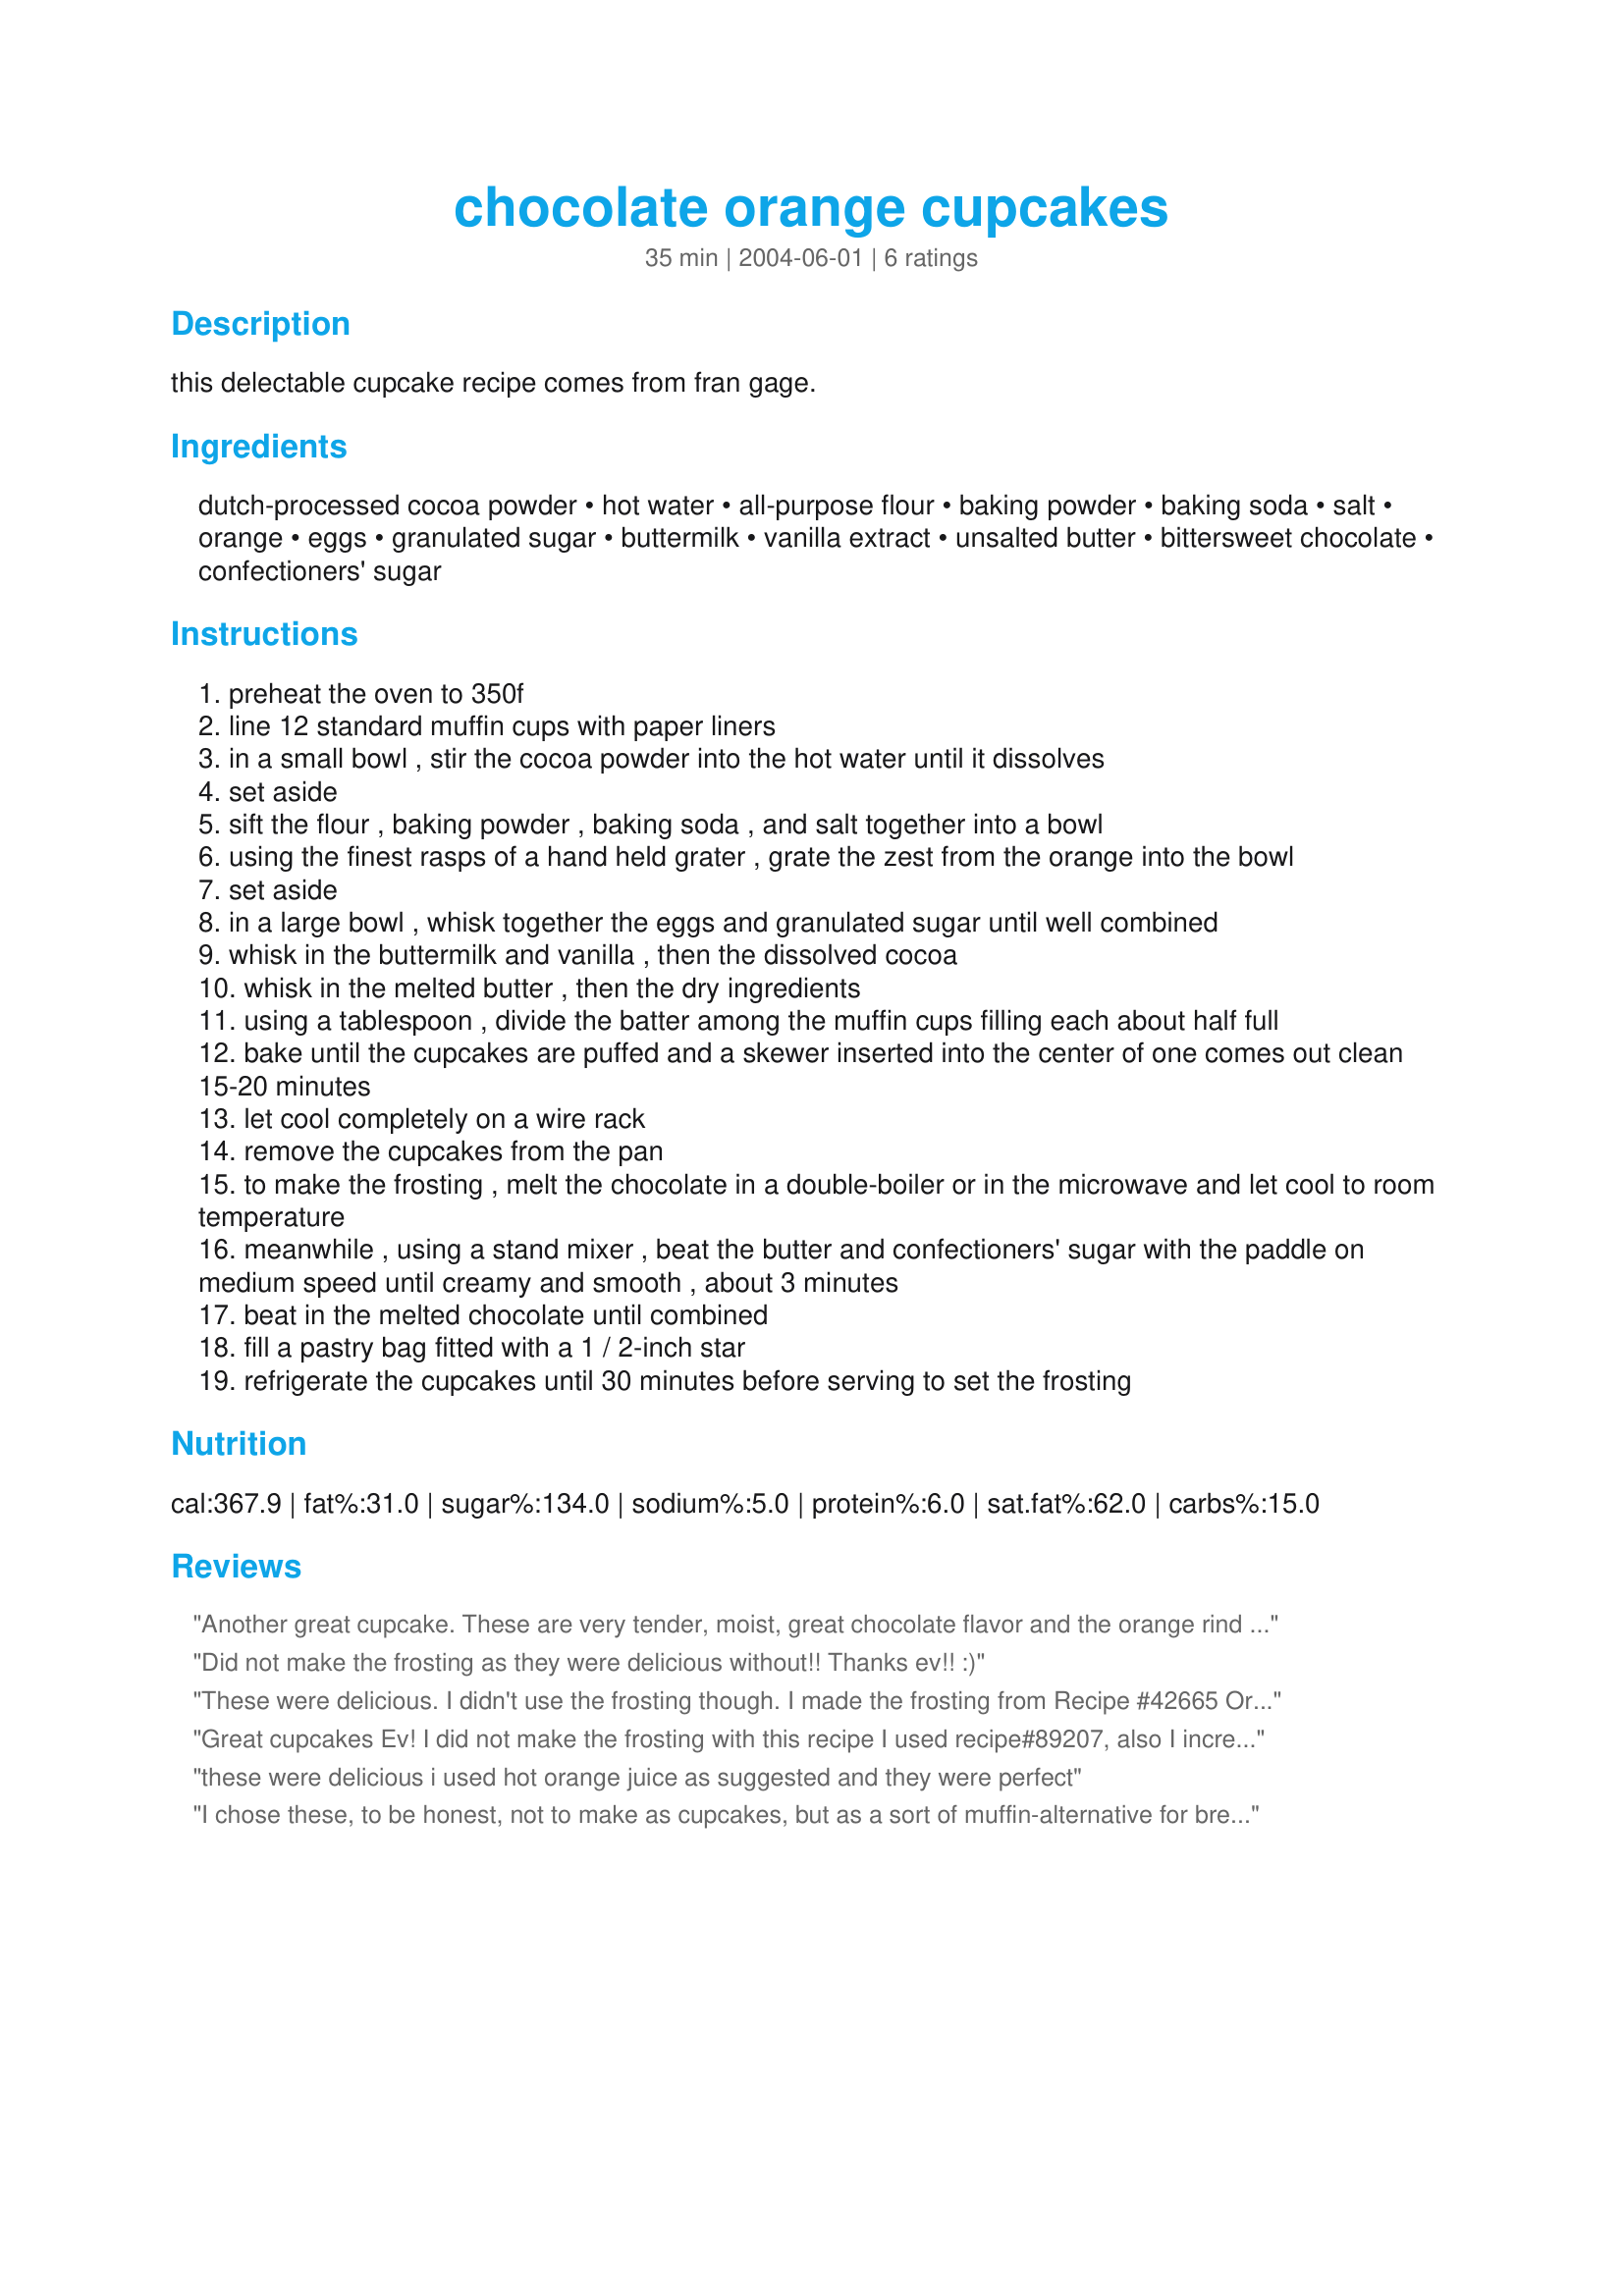
chocolate orange cupcakes
Preparation time: 35 minutes

this delectable cupcake recipe comes from fran gage.

Ingredients:
dutch-processed cocoa powder, hot water, all-purpose flour, baking powder, baking soda, salt, orange, eggs, granulated sugar, buttermilk, vanilla extract, unsalted butter, bittersweet chocolate, confectioners' sugar

Steps:
preheat the oven to 350f
line 12 standard muffin cups with paper liners
in a small bowl , stir the cocoa powder into the hot water until it dissolves
set aside
sift the flour , baking powder , baking soda , and salt together into a bowl
using the finest rasps of a hand held grater , grate the zest from the orange into the bowl
set aside
in a large bowl , whisk together the eggs and granulated sugar until well combined
whisk in the buttermilk and vanilla , then the dissolved cocoa
whisk in the melted butter , then the dry ingredients
using a tablespoon , divide the batter among the muffin cups filling each about half full
bake until the cupcakes are puffed and a skewer inserted into the center of one comes out clean 15-20 minutes
let cool completely on a wire rack
remove the cupcakes from the pan
to make the frosting , melt the chocolate in a double-boiler or in the microwave and let cool to room temperature
meanwhile , using a stand mixer , beat the butter and confectioners' sugar with the paddle on medium speed until creamy and smooth , about 3 minutes
beat in the melted chocolate until combined
fill a pastry bag fitted with a 1 / 2-inch star
refrigerate the cupcakes until 30 minutes before serving to set the frosting

Reviews:
Another great cupcake. These are very tender, moist, great chocolate flavor and the orange rind is just right--lovely scent and a strong but not overpowering orange flavor. And they freezxe beautifully--even frosted.
Did not make the frosting as they were delicious without!! Thanks ev!! :)
These were delicious. I didn't use the frosting though. I made the frosting from Recipe #42665 Orange Chocolate Marble Cake with Orange Buttercream Frosting. I also changed this just a tad. I didn't think there would enough orange flavor with just the zest so in place of the hot water I used orange juice. I didn't change the amount just replaced it.
Great cupcakes Ev! I did not make the frosting with this recipe I used recipe#89207, also I increased the baking powder and baking soda both to 1 teaspoon each, thanks for sharing Ev!...Kitten :)
these were delicious i used hot orange juice as suggested and they were perfect
I chose these, to be honest, not to make as cupcakes, but as a sort of muffin-alternative for breakfast. By that I mean I didn't frost them, reduced the sugar to 1/2 cup and ate them for breakfast rather than dessert. They were still delicious, but I can't imagine how great they would be frosted. Extremely moist and tender, these little guys are just chocolatey enough to still taste orangey and just orangey enough to still taste chocolatey. I did, I admit, use hot orange juice instead of hot water to dissolve the cocoa in, because I had a skinned orange and figured it would up the orange taste a bit. These are perfect, though, Evelyn... some of the nicest textured cake that has ever crossed my plate! Oh- I made two more changes to help justify these as breakfast food. I substitued the AP flour with whole wheat pastry flour (I used 1 cup because whole wheat flour is more absorbant, so using equal amounts would make the baked good dry). I also used half butter half canola oil. So they're healthy, right!? Anyhow, thanks for posting- I would highly recommend these if you are looking for an excellent cupcake!!
